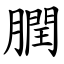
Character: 膶